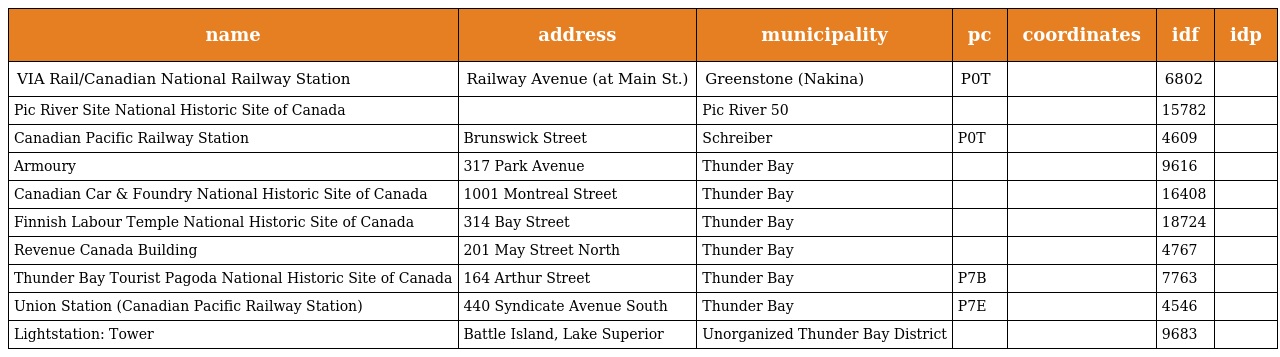
| name | address | municipality | pc | coordinates | idf | idp |
 | --- | --- | --- | --- | --- | --- | --- |
 | VIA Rail/Canadian National Railway Station | Railway Avenue (at Main St.) | Greenstone (Nakina) | P0T |  | 6802 |  |
 | Pic River Site National Historic Site of Canada |  | Pic River 50 |  |  | 15782 |  |
 | Canadian Pacific Railway Station | Brunswick Street | Schreiber | P0T |  | 4609 |  |
 | Armoury | 317 Park Avenue | Thunder Bay |  |  | 9616 |  |
 | Canadian Car & Foundry National Historic Site of Canada | 1001 Montreal Street | Thunder Bay |  |  | 16408 |  |
 | Finnish Labour Temple National Historic Site of Canada | 314 Bay Street | Thunder Bay |  |  | 18724 |  |
 | Revenue Canada Building | 201 May Street North | Thunder Bay |  |  | 4767 |  |
 | Thunder Bay Tourist Pagoda National Historic Site of Canada | 164 Arthur Street | Thunder Bay | P7B |  | 7763 |  |
 | Union Station (Canadian Pacific Railway Station) | 440 Syndicate Avenue South | Thunder Bay | P7E |  | 4546 |  |
 | Lightstation: Tower | Battle Island, Lake Superior | Unorganized Thunder Bay District |  |  | 9683 |  |